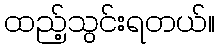
ထည့်သွင်းရတယ်။